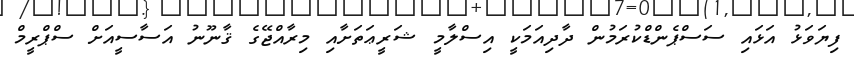
ފިޔަވަޅު އަޅައި ސަސްޕެންޑްކުރަމުން ދާދިއަމަކީ އިސްލާމީ ޝަރީޢަތަށާއި މިރާއްޖޭގެ ޤާނޫނު އަސާސީއަށް ސްޕްރީމް